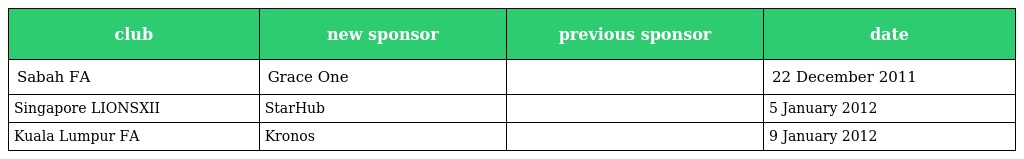
| club | new sponsor | previous sponsor | date |
 | --- | --- | --- | --- |
 | Sabah FA | Grace One |  | 22 December 2011 |
 | Singapore LIONSXII | StarHub |  | 5 January 2012 |
 | Kuala Lumpur FA | Kronos |  | 9 January 2012 |